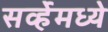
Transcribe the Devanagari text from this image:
सर्व्हेमध्ये